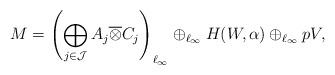
LaTeX: \begin{align*}M = \left(\bigoplus_{j\in \mathcal{J}} A_j \overline{\otimes} C_j \right)_{\ell_{\infty}}\oplus_{\ell_{\infty}} H(W,\alpha)\oplus_{\ell_{\infty}} pV,\end{align*}